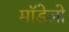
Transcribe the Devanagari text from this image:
मॉडेलो